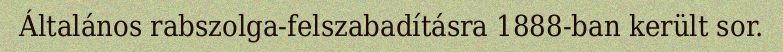
Általános rabszolga-felszabadításra 1888-ban került sor.